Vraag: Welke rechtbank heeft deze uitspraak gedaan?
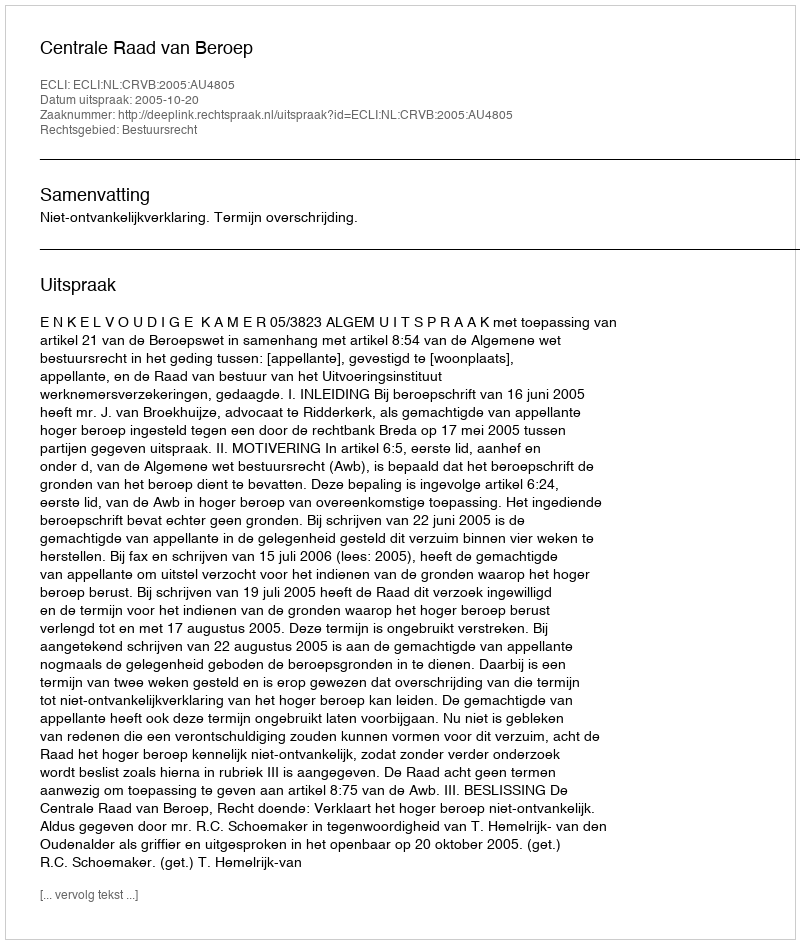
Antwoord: Centrale Raad van Beroep